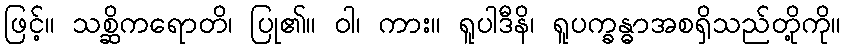
ဖြင့်။ သစ္ဆိကရောတိ၊ ပြု၏။ ဝါ၊ ကား။ ရူပါဒီနိ၊ ရူပက္ခန္ဓာအစရှိသည်တို့ကို။